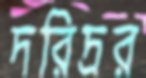
দরিদ্রর